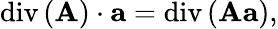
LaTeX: \mathrm{div}\left(\mathbf{A}\right)\cdot\mathbf{a}=\mathrm{div}\left(\mathbf{A}\mathbf{a}\right),